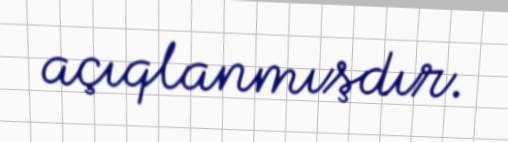
açıqlanmışdır.